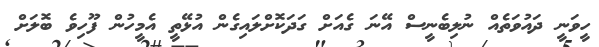
ހީވަނީ ދައުވަތެއް ނުލިބެނީސް އޭނަ ގެއަށް ގަދަކޮށްލައިގެން އުޅޭތީ އެމީހުން ފޫހިވެ ބޮލަށް